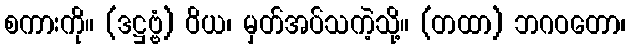
စကားကို။ (ဒဋ္ဌဗ္ဗံ) ဝိယ၊ မှတ်အပ်သကဲ့သို့။ (တထာ) ဘဂဝတော၊